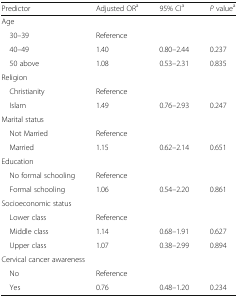
<table><thead><tr><td><b>Predictor</b></td><td><b>Adjusted OR<sup>a</sup></b></td><td><b>95% CI<sup>a</sup></b></td><td><b><i>P</i> value<sup>a</sup></b></td></tr></thead><tbody><tr><td colspan="4">Age</td></tr><tr><td> 30–39</td><td>Reference</td><td></td><td></td></tr><tr><td> 40–49</td><td>1.40</td><td>0.80–2.44</td><td>0.237</td></tr><tr><td> 50 above</td><td>1.08</td><td>0.53–2.31</td><td>0.835</td></tr><tr><td colspan="4">Religion</td></tr><tr><td> Christianity</td><td>Reference</td><td></td><td></td></tr><tr><td> Islam</td><td>1.49</td><td>0.76–2.93</td><td>0.247</td></tr><tr><td colspan="4">Marital status</td></tr><tr><td> Not Married</td><td>Reference</td><td></td><td></td></tr><tr><td> Married</td><td>1.15</td><td>0.62–2.14</td><td>0.651</td></tr><tr><td colspan="4">Education</td></tr><tr><td> No formal schooling</td><td>Reference</td><td></td><td></td></tr><tr><td> Formal schooling</td><td>1.06</td><td>0.54–2.20</td><td>0.861</td></tr><tr><td colspan="4">Socioeconomic status</td></tr><tr><td> Lower class</td><td>Reference</td><td></td><td></td></tr><tr><td> Middle class</td><td>1.14</td><td>0.68–1.91</td><td>0.627</td></tr><tr><td> Upper class</td><td>1.07</td><td>0.38–2.99</td><td>0.894</td></tr><tr><td colspan="4">Cervical cancer awareness</td></tr><tr><td> No</td><td>Reference</td><td></td><td></td></tr><tr><td> Yes</td><td>0.76</td><td>0.48–1.20</td><td>0.234</td></tr></tbody></table>